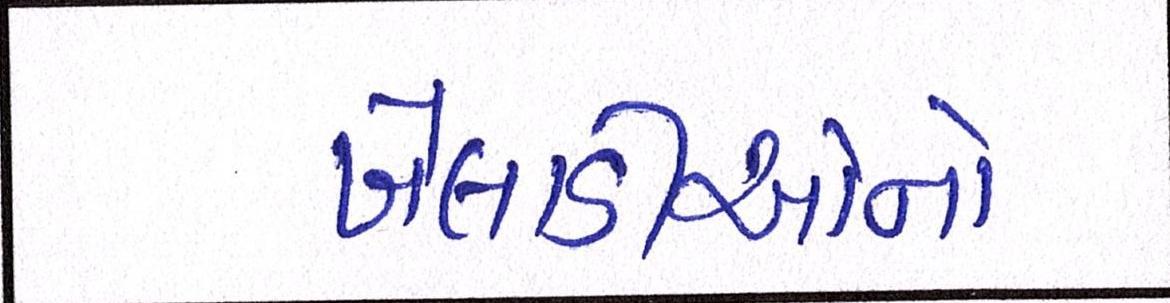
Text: ખેલાડીઓનો